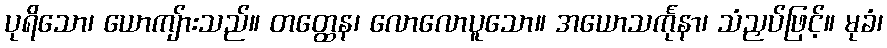
ပုရိသော၊ ယောကျ်ားသည်။ တတ္ထေန၊ လောလောပူသော။ အယောသင်္ကုနာ၊ သံညှပ်ဖြင့်။ မုခံ၊